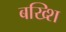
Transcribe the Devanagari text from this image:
बख्शि